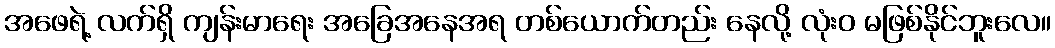
အဖေရဲ့ လက်ရှိ ကျန်းမာရေး အခြေအနေအရ တစ်ယောက်တည်း နေလို့ လုံးဝ မဖြစ်နိုင်ဘူးလေ။